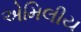
એમિલીય